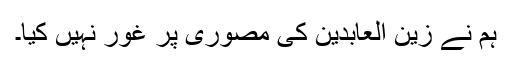
ہم نے زین العابدین کی مصوری پر غور نہیں کیا۔